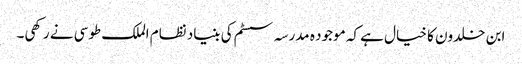
ابن خلدون کا خیال ہے کہ موجود ہ مدرسہ سسٹم کی بنیاد نظام الملک طوسی نے رکھی۔